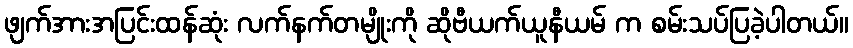
ဖျက်အားအပြင်းထန်ဆုံး လက်နက်တမျိုးကို ဆိုဗီယက်ယူနီယမ် က စမ်းသပ်ပြခဲ့ပါတယ်။